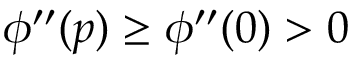
\phi ^ { \prime \prime } ( p ) \ge \phi ^ { \prime \prime } ( 0 ) > 0